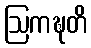
ဩကဍ္ဎတိ